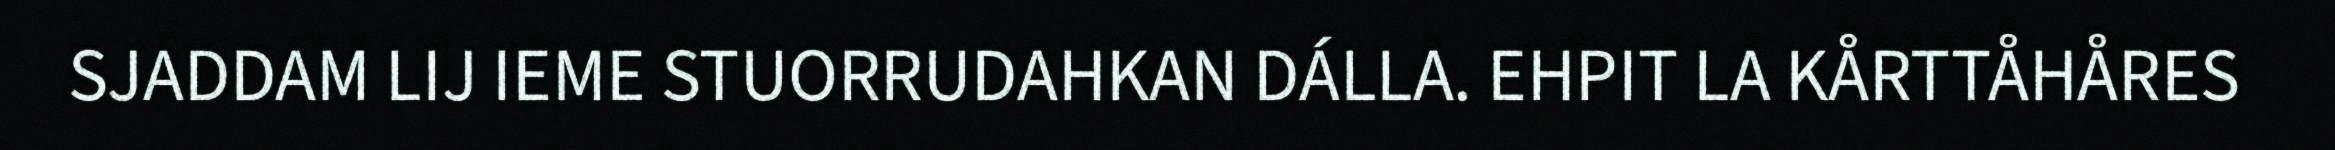
SJADDAM LIJ IEME STUORRUDAHKAN DÁLLA. EHPIT LA KÅRTTÅHÅRES